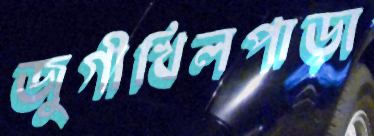
জুগীখিলপাড়া